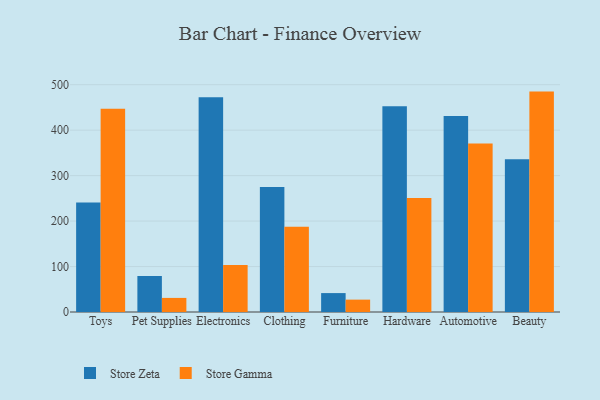
{"axis": {"x": "Category", "y": "Temperature (°C)"}, "legend": ["Store Gamma", "Store Zeta"], "data": [{"x": "Toys", "y": 240.7, "type": "Store Zeta"}, {"x": "Toys", "y": 446.9, "type": "Store Gamma"}, {"x": "Pet Supplies", "y": 79.4, "type": "Store Zeta"}, {"x": "Pet Supplies", "y": 31.0, "type": "Store Gamma"}, {"x": "Electronics", "y": 472.1, "type": "Store Zeta"}, {"x": "Electronics", "y": 103.4, "type": "Store Gamma"}, {"x": "Clothing", "y": 274.7, "type": "Store Zeta"}, {"x": "Clothing", "y": 187.5, "type": "Store Gamma"}, {"x": "Furniture", "y": 41.6, "type": "Store Zeta"}, {"x": "Furniture", "y": 27.2, "type": "Store Gamma"}, {"x": "Hardware", "y": 452.6, "type": "Store Zeta"}, {"x": "Hardware", "y": 250.8, "type": "Store Gamma"}, {"x": "Automotive", "y": 430.9, "type": "Store Zeta"}, {"x": "Automotive", "y": 370.6, "type": "Store Gamma"}, {"x": "Beauty", "y": 336.1, "type": "Store Zeta"}, {"x": "Beauty", "y": 484.8, "type": "Store Gamma"}]}